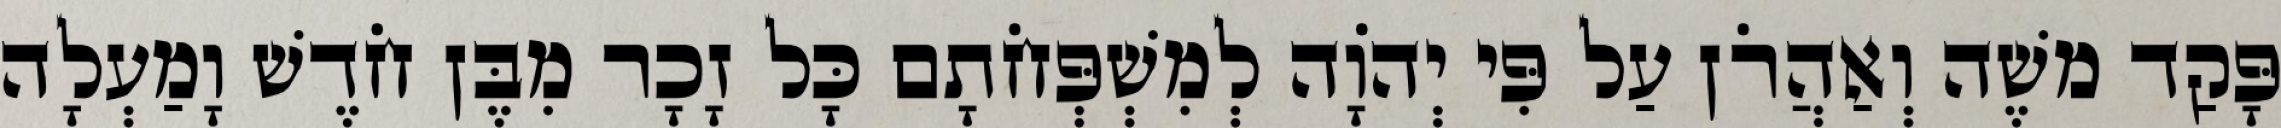
פָּקַד משֶׁה וְאַהֲרֹן עַל פִּי יְהוָֹה לְמִשְׁפְּחֹתָם כָּל זָכָר מִבֶּן חֹדֶשׁ וָמַעְלָה